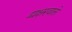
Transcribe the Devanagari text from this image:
द्व्यक्षरवाले